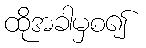
ထိုအခါမှစ၍